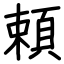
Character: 頼